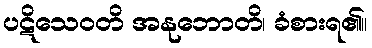
ပဋိသေဝတိ အနုဘောတိ၊ ခံစားရ၏။